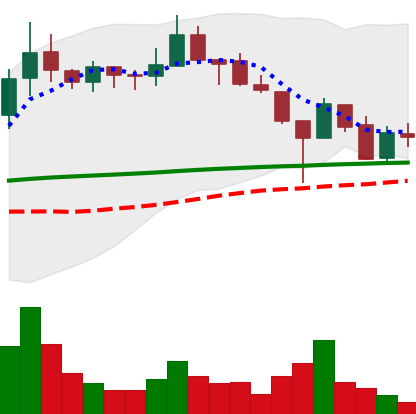
Ticker: LINK-USD
Chart end date: 2019-02-02
Forward return: -3.242%
Label: down_3_5